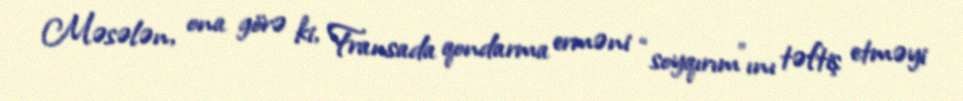
Məsələn, ona görə ki, Fransada qondarma erməni “soyqırım”ını təftiş etməyi